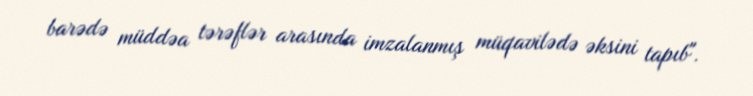
barədə müddəa tərəflər arasında imzalanmış müqavilədə əksini tapıb".